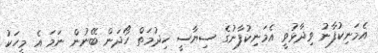
އެމަނިކުފާނު ވިދާޅުވީ އެމަނިކުފާނުގެ ސިޔާސީ ހިދުމަތް ހޯދަން ބޭނުން ނަމަ އެ މީހަކު